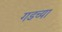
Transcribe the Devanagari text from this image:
गडच्या